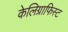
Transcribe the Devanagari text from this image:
केलिग्राफिस्ट